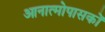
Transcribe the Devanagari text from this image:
आनात्मोपासकों